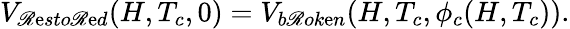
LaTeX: V_{\mathscr{R}\mathrm{e}sto\mathscr{R}\mathrm{e}d}(H,T_{c},0)=V_{b\mathscr{R}ok\mathrm{e}n}(H,T_{c},\phi_{c}(H,T_{c})).